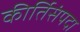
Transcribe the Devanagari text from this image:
कीर्तिसंपदा